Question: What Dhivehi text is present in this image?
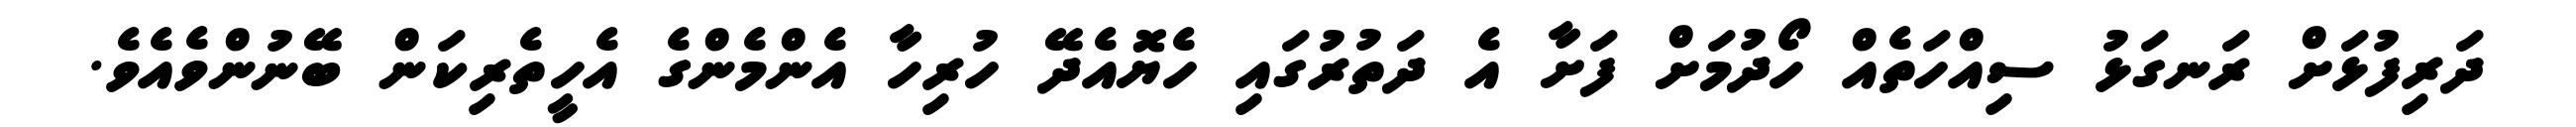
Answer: ދަރިފުޅަށް ރަނގަޅު ސިއްހަތެއް ހޯދުމަށް ފަށާ އެ ދަތުރުގައި ހެޔޮއެދޭ ހުރިހާ އެންމެންގެ އެހީތެރިކަން ބޭނުންވެއެވެ.